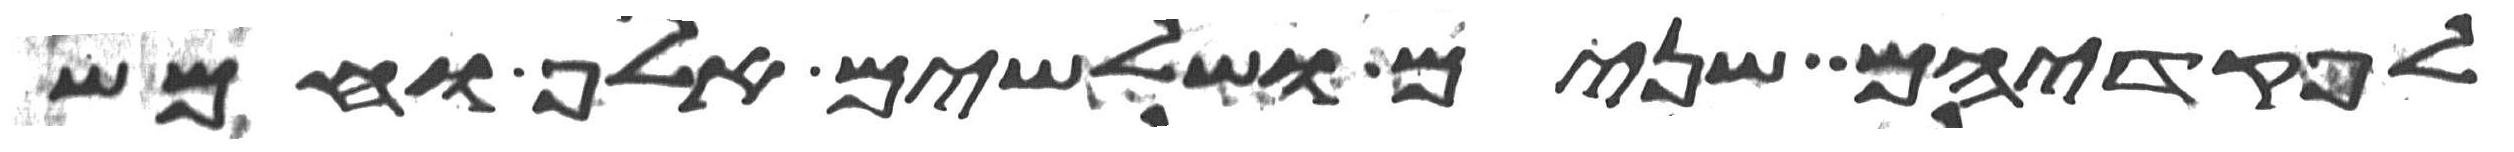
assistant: לפקדיהם שנים ושלשים אלף וחמש